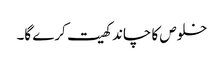
خلوص کا چاند کھیت کرے گا۔